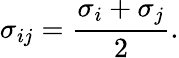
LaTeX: \sigma_{ij}=\frac{\sigma_{i}+\sigma_{j}}{2}.